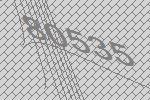
80535